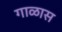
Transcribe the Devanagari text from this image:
गाळास